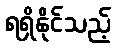
ရရှိနိုင်သည့်